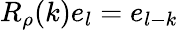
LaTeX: R_{\rho}(k)e_{l}=e_{l-k}